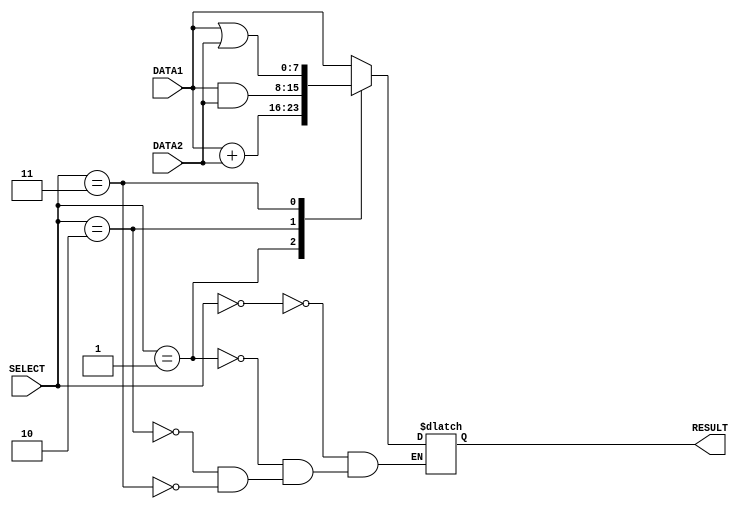
module ALU(DATA1,DATA2,SELECT,RESULT);
    
    //inputs,outputs and internal variables declared here
    input [7:0] DATA1,DATA2;
    input [2:0] SELECT;
    output [7:0] RESULT;
    wire [7:0] operand1,operand2;
    reg [7:0] out;
    
    //Assign A and B to internal variables for doing operations
    assign operand1 = DATA1;
    assign operand2 = DATA2;
    //Assign the output 
    assign RESULT = out;

    //Always block with inputs in the sensitivity list.
    always @(SELECT or operand1 or operand2)
    begin
        case (SELECT)
         0 : out = operand1 ;  //forward
         1 : out = operand1 + operand2; //addition
         2 : out = operand1 & operand2; //bitwise AND 
         3 : out = operand1 | operand2; //bitwise OR            
        endcase 
    end
    
endmodule

module regfile ( clk, INaddr, IN, OUT1addr, OUT1, OUT2addr, OUT2);
	input [2:0] OUT1addr,OUT2addr,INaddr;
	input [7:0] IN;
	input clk;
	output [7:0] OUT1,OUT2;

	reg [7:0] reg1 =0;
	reg [7:0] reg2 =0;
	reg [7:0] reg3 =0;
	reg [7:0] reg4 =0;
	reg [7:0] reg5 =0;
	reg [7:0] reg6 =0;
	reg [7:0] reg7 =0;
	reg [7:0] reg8 =0;
	reg [7:0] res1;
	reg [7:0] res2;
	assign OUT1=res1;
	assign OUT2=res2;
	
	
	always @(negedge clk) begin
		
		case(INaddr)
		 
		 1: reg1=IN;
		 2: reg2=IN;
		 3: reg3=IN;
		 4: reg4=IN;
		 5: reg5=IN;
		 6: reg6=IN;
		 7: reg7=IN;
		 8: reg8=IN;
		 
		endcase
		
	end	
	

	always @(posedge clk) begin
		
		case(OUT1addr)
		 
		 1: res1=reg1;
		 2: res1=reg2;
		 3: res1=reg3;
		 4: res1=reg4;
		 5: res1=reg5;
		 6: res1=reg6;
		 7: res1=reg7;
		 8: res1=reg8;
		 
		endcase	
		case(OUT2addr)
		 
		 1: res2=reg1;
		 2: res2=reg2;
		 3: res2=reg3;
		 4: res2=reg4;
		 5: res2=reg5;
		 6: res2=reg6;
		 7: res2=reg7;
		 8: res2=reg8;
		 
		endcase	
			
			
	end

endmodule

// ******** Multiplexer ********
module MUX(IN1,IN2, SELECT,OUT );
	input [7:0] IN1, IN2;
	output [7:0] OUT;
	input SELECT;
	reg [7:0] OUT;

	always @( IN1, IN2, SELECT )
	begin
		case( SELECT )
			0 :  OUT <= IN1;
			1 :  OUT <= IN2; 
		endcase
	end
endmodule

// ******** 2's Complement ********
module TwosComp(IN,OUT);
	input [	7:0] IN;
	output [7:0] OUT;
	assign OUT =-IN;

endmodule

// ******** Control Unit ********
module ControlUnit( INS, OUT1addr, OUT2addr, DESTINATION, IMMEDIATE, SELECT, twosCompMux, imValueMux );
	input [31:0] INS;
	output [2:0] OUT1addr;
	output [2:0] OUT2addr;
	output [2:0] SELECT;
	output [2:0] DESTINATION;
	output [7:0] IMMEDIATE;
	output  twosCompMux,imValueMux;

	reg [2:0] OUT1addr,OUT2addr,DESTINATION,SELECT;
	reg [7:0] IMMEDIATE;
	reg  twosCompMux,imValueMux; 
	always @(INS) 
		begin
			begin
                            
				SELECT <= INS[26:24];
				 IMMEDIATE <= INS[7:0];
				 OUT1addr <= INS[2:0];
				 OUT2addr <= INS[10:8];
				 DESTINATION <= INS[18:16];
 				  twosCompMux <= 0;
				 imValueMux <= 1; //load immediate value				
				
			end	
 				
			case(INS[31:24])

			8'b00000000 : begin //load
				 imValueMux <= 0;				//Select from Source 1
				end
			8'b00001001 : begin //subtraction
				  twosCompMux <= 1;				//2's complements of Source 2
				end
			
			endcase
		end
endmodule

module control_unit_testbench;

	reg CLK;
	wire [7:0] RESULT;
	reg [31:0] INS;
	wire [2:0] OUT1addr,OUT2addr,INaddr,SELECT;
	wire  [7:0] IMMEDIATE,OUT1,OUT2,OUT,IN;
	wire [7:0] immediateValue, addSubMUXout;
	wire addSubMUX, imValueMUX;


      //GET the clock period
    	initial begin
    	CLK = 1'b0;
	 end
    	always #10 CLK = ~CLK;
 
	//ControlUnit( INS, OUT1addr, OUT2addr, INaddr, IMMEDIATE, SELECT, addSubMUX, imValueMUX );
	ControlUnit CU( INS, OUT1addr, OUT2addr, INaddr, IMMEDIATE, SELECT, addSubMUX, imValueMUX );
	//regfile ( clk, INaddr, IN, OUT1addr, OUT1, OUT2addr, OUT2);
	regfile regFile( CLK, INaddr, RESULT, OUT1addr, OUT1, OUT2addr, OUT2 );
	//TwosComp(IN,OUT);
	TwosComp twosComp(OUT1 ,OUT);
	//MUX(IN1,IN2, SELECT,OUT );
	MUX source1mux( OUT1, OUT, addSubMUX, addSubMUXout );
	MUX source2mux( IMMEDIATE, addSubMUXout, imValueMUX,immediateValue);
	//ALU(DATA1,DATA2,SELECT,RESULT);
	ALU myAlu( immediateValue, OUT2, SELECT,RESULT );
	
initial begin

	INS = 32'b0000000000000100xxxxxxxx11111111;
#40
    $display("load x        %b",RESULT);
   
	INS = 32'b0000000000000110xxxxxxxx10101010;
#40
    $display("load y        %b",RESULT); 
    
	INS = 32'b0000000000000011xxxxxxxx10111011;
#40
	$display("load z        %b",RESULT);
    
	INS = 32'b00000001000001010000011000000011;
#40
    $display("p=y+z         %b",RESULT);

	INS = 32'b00000010000000010000010000000101;
#40
    $display("q=x & p       %b",RESULT);

	INS = 32'b00000011000000100000000100000110;
#40
    $display("r=q | y       %b",RESULT);

	INS = 32'b0000100000001111xxxxxxxx00000010;
#40
    $display("s = r         %b",RESULT);

	INS = 32'b00001001000001000000111100000011;
#40
    $display("w=s-z         %b",RESULT);
    
   
    $finish;
end
endmodule